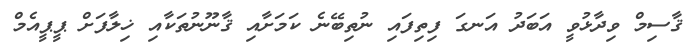
ޤާސިމް ވިދާޅުވީ އަބަދު އަނގަ ފިތިފައި ނުތިބޭނެ ކަމަށާއި ޤާނޫނުތަކާއި ޚިލާފަށް ޕީޕީއެމް